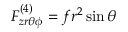
F _ { z r \theta \phi } ^ { ( 4 ) } = f r ^ { 2 } \sin { \theta }